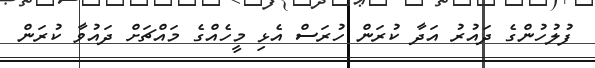
ފުލުހުންގެ ދައުރު އަދާ ކުރަން ހުރަސް އެޅި މީހެއްގެ މައްޗަށް ދައުވާ ކުރަން